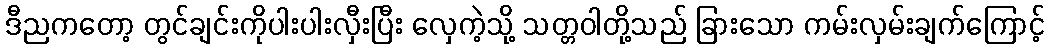
ဒီညကတော့ တွင်ချင်းကိုပါးပါးလှီးပြီး လှေကဲ့သို့ သတ္တဝါတို့သည် ခြားသော ကမ်းလှမ်းချက်ကြောင့်